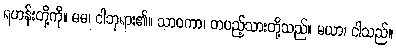
ရဟန်းတို့ကို။ မမ၊ ငါဘုရား၏။ သာဝကာ၊ တပည့်သားတို့သည်။ မယာ၊ ငါသည်။